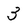
Character: 3